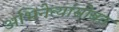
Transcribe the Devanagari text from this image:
अभिनेत्यांसोबत